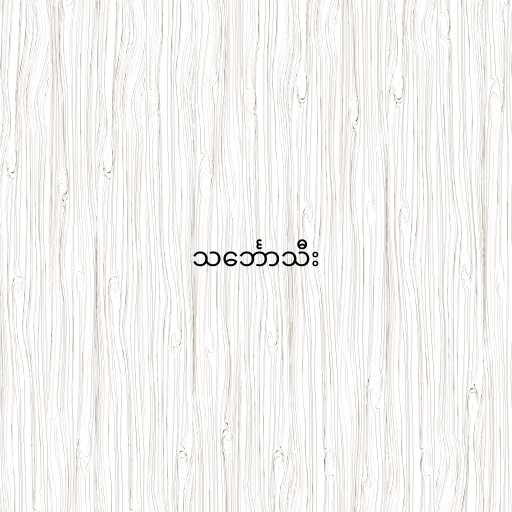
သင်္ဘောသီး